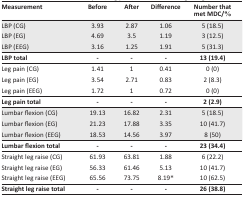
| Measurement | Before | After | Difference | Number that met MDC/% |
 | --- | --- | --- | --- | --- |
 | LBP (CG) | 3.93 | 2.87 | 1.06 | 5 (18.5) |
 | LBP (EG) | 4.69 | 3.5 | 1.19 | 3 (12.5) |
 | LBP (EEG) | 3.16 | 1.25 | 1.91 | 5 (31.3) |
 | LBP total | - | - | - | 13 (19.4) |
 | Leg pain (CG) | 1.41 | 1 | 0.41 | 0 (0) |
 | Leg pain (EG) | 3.54 | 2.71 | 0.83 | 2 (8.3) |
 | Leg pain (EEG) | 1.72 | 1 | 0.72 | 0 (0) |
 | Leg pain total | - | - | - | 2 (2.9) |
 | Lumbar flexion (CG) | 19.13 | 16.82 | 2.31 | 5 (18.5) |
 | Lumbar flexion (EG) | 21.23 | 17.88 | 3.35 | 10 (41.7) |
 | Lumbar flexion (EEG) | 18.53 | 14.56 | 3.97 | 8 (50) |
 | Lumbar flexion total | - | - | - | 23 (34.4) |
 | Straight leg raise (CG) | 61.93 | 63.81 | 1.88 | 6 (22.2) |
 | Straight leg raise (EG) | 56.33 | 61.46 | 5.13 | 10 (41.7) |
 | Straight leg raise (EEG) | 65.56 | 73.75 | 8.19* | 10 (62.5) |
 | Straight leg raise total | - | - | - | 26 (38.8) |